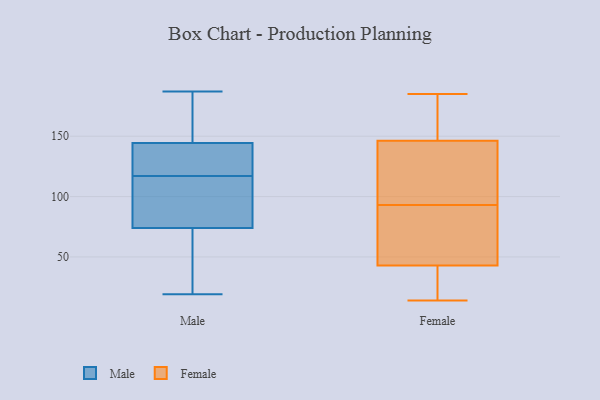
{"axis": {"x": "Budget (USD K)", "y": "Value"}, "legend": ["Female", "Male"], "data": [{"x": "", "y": 126, "type": "Male"}, {"x": "", "y": 44, "type": "Male"}, {"x": "", "y": 117, "type": "Male"}, {"x": "", "y": 117, "type": "Male"}, {"x": "", "y": 102, "type": "Male"}, {"x": "", "y": 149, "type": "Male"}, {"x": "", "y": 50, "type": "Male"}, {"x": "", "y": 19, "type": "Male"}, {"x": "", "y": 169, "type": "Male"}, {"x": "", "y": 187, "type": "Male"}, {"x": "", "y": 82, "type": "Male"}, {"x": "", "y": 88, "type": "Male"}, {"x": "", "y": 143, "type": "Male"}, {"x": "", "y": 28, "type": "Female"}, {"x": "", "y": 139, "type": "Female"}, {"x": "", "y": 48, "type": "Female"}, {"x": "", "y": 14, "type": "Female"}, {"x": "", "y": 129, "type": "Female"}, {"x": "", "y": 140, "type": "Female"}, {"x": "", "y": 59, "type": "Female"}, {"x": "", "y": 26, "type": "Female"}, {"x": "", "y": 93, "type": "Female"}, {"x": "", "y": 184, "type": "Female"}, {"x": "", "y": 185, "type": "Female"}, {"x": "", "y": 165, "type": "Female"}, {"x": "", "y": 71, "type": "Female"}]}